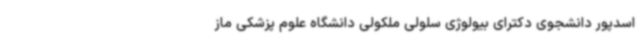
اسدپور دانشجوی دکترای بیولوژی سلولی ملکولی دانشگاه علوم پزشکی ماز